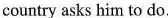
country asks him to do.